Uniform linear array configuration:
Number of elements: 12
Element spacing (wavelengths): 0.25
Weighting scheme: kaiser
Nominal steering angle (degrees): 15
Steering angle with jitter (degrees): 13.865
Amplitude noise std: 0.05
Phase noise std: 0.05

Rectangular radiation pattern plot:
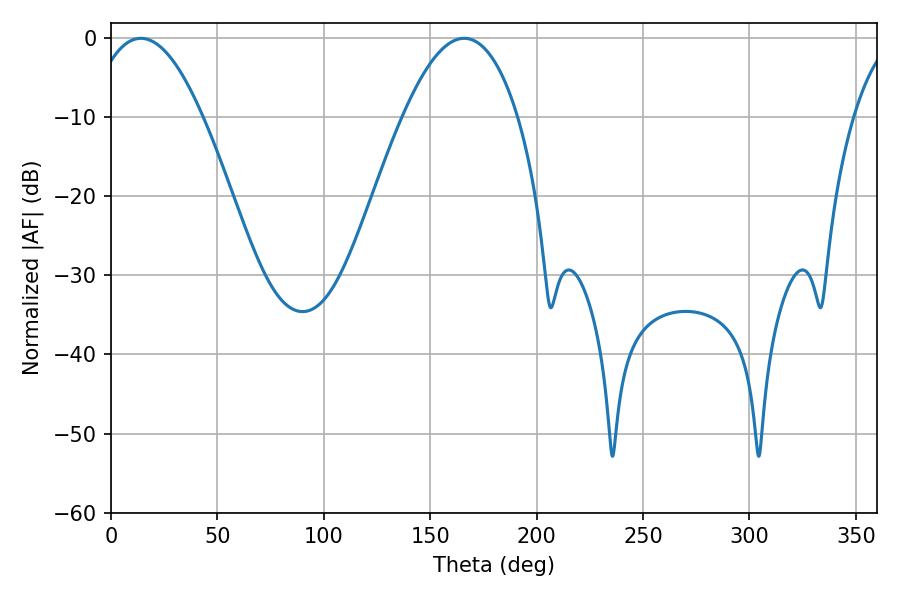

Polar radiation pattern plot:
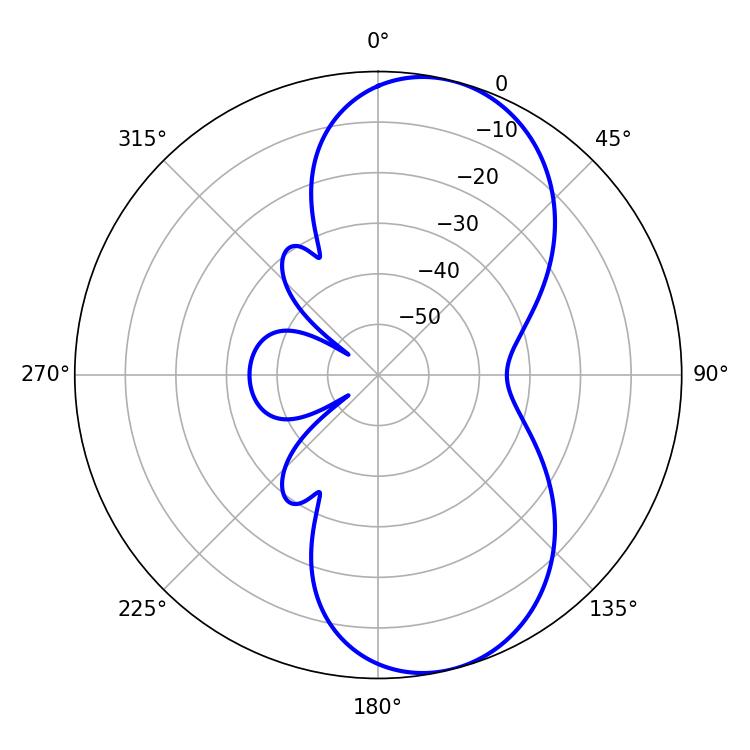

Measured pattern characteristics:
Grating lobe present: FALSE
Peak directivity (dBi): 8.413
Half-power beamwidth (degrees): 29.52
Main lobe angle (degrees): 14.04